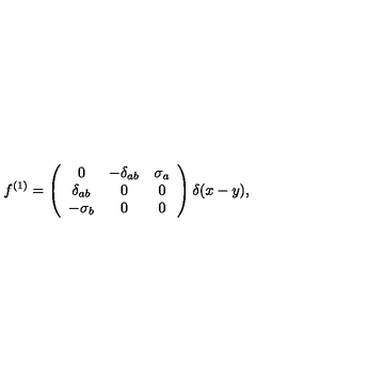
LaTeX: f ^ { ( 1 ) } = \left( \begin{array} { c c c } { 0 } & { - \delta _ { a b } } & { \sigma _ { a } } \\ { \delta _ { a b } } & { 0 } & { 0 } \\ { - \sigma _ { b } } & { 0 } & { 0 } \\ \end{array} \right) \delta ( x - y ) ,